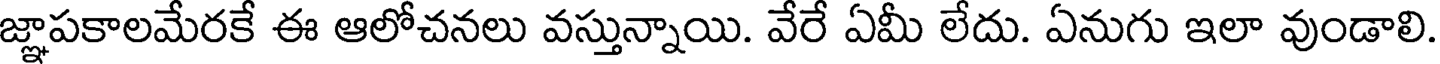
జ్ఞాపకాలమేరకే ఈ ఆలోచనలు వస్తున్నాయి. వేరే ఏమీ లేదు. ఏనుగు ఇలా వుండాలి